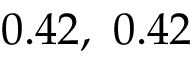
0 . 4 2 , \ 0 . 4 2